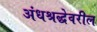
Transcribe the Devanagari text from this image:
अंधश्रद्धेवरील